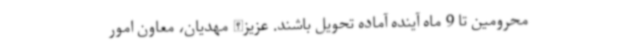
محرومین تا 9 ماه آینده آماده تحویل باشند. عزیزالله مهدیان، معاون امور